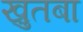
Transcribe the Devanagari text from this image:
ख़ुतबा